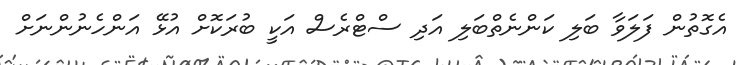
އެގޮތުން ފަލަވާ ބަލި ކަންނެތްބަލި އަދި ސްޓްރެސް އަކީ ބުރަކޮށް އުޅޭ އަންހެނުންނަށް